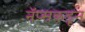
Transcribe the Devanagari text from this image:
नॅप्सकडून